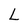
Character: L